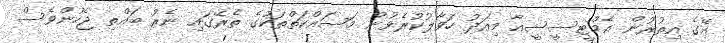
އޭގެ އިތުރުން އެމްޓީސީސީއާ މިއަދު ހަވާލުކުރެވުނު މަސައްކަތްތަކުގެ ތެރޭގައި ނެރު ބައްތި ޖެހުންވެސް